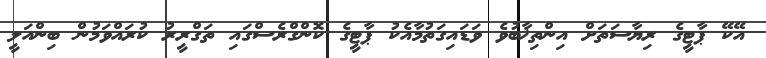
އޭކޭ ޕާޓީގެ ރިޔާސަތަށް އިންތިޚާބުވެ ވަޑައިގަތުމާއެކު ޕާޓީގެ ކޮންގްރެސްގައި ތަގްރީރު ކުރައްވަމުން ބިންއަލީ